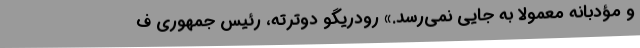
و مؤدبانه معمولاً به جایی نمی‌رسد.» رودریگو دوترته، رئیس جمهوری ف